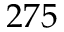
2 7 5